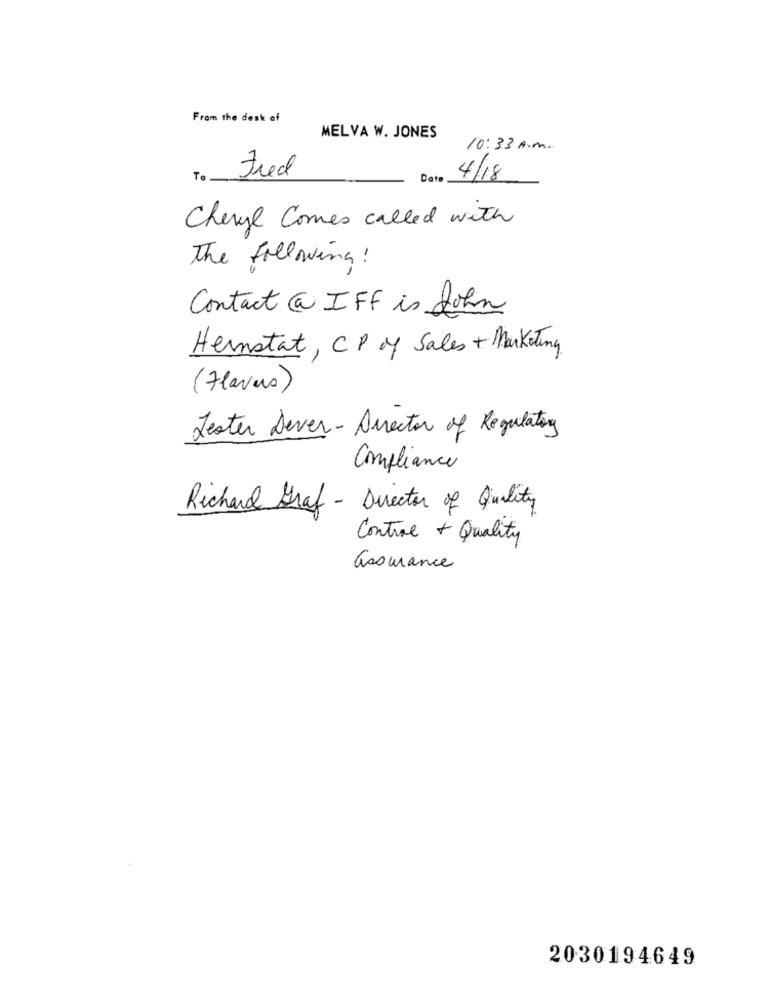
From the desk of
MELVA W. JONES
10:33 A.m.
Fred
Date
4/18
Cheryl Comes called with
The Following !
Contact @ IFF is John
Hernstat, CP of Sales + Marketing
(Flavers)
Jester Dever- Director of Regulatory
Compliance
Richard Graf - Director of Quality
Control + Quality
assurance
2030194649